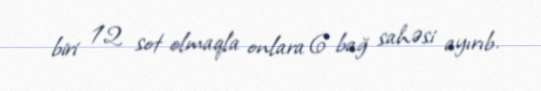
biri 12 sot olmaqla onlara 6 bağ sahəsi ayırıb.